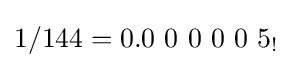
1/144=0.0\ 0\ 0\ 0\ 0\ 5_{!}